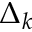
\Delta _ { k }